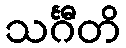
သင်္ဂီတိ